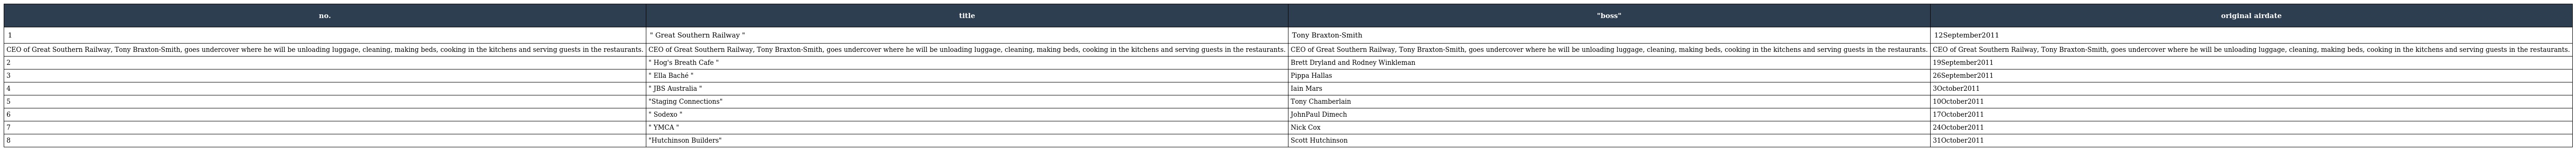
| no. | title | "boss" | original airdate |
 | --- | --- | --- | --- |
 | 1 | " Great Southern Railway " | Tony Braxton-Smith | 12September2011 |
 | CEO of Great Southern Railway, Tony Braxton-Smith, goes undercover where he will be unloading luggage, cleaning, making beds, cooking in the kitchens and serving guests in the restaurants. | CEO of Great Southern Railway, Tony Braxton-Smith, goes undercover where he will be unloading luggage, cleaning, making beds, cooking in the kitchens and serving guests in the restaurants. | CEO of Great Southern Railway, Tony Braxton-Smith, goes undercover where he will be unloading luggage, cleaning, making beds, cooking in the kitchens and serving guests in the restaurants. | CEO of Great Southern Railway, Tony Braxton-Smith, goes undercover where he will be unloading luggage, cleaning, making beds, cooking in the kitchens and serving guests in the restaurants. |
 | 2 | " Hog's Breath Cafe " | Brett Dryland and Rodney Winkleman | 19September2011 |
 | 3 | " Ella Baché " | Pippa Hallas | 26September2011 |
 | 4 | " JBS Australia " | Iain Mars | 3October2011 |
 | 5 | "Staging Connections" | Tony Chamberlain | 10October2011 |
 | 6 | " Sodexo " | JohnPaul Dimech | 17October2011 |
 | 7 | " YMCA " | Nick Cox | 24October2011 |
 | 8 | "Hutchinson Builders" | Scott Hutchinson | 31October2011 |